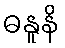
ဓနူနိ